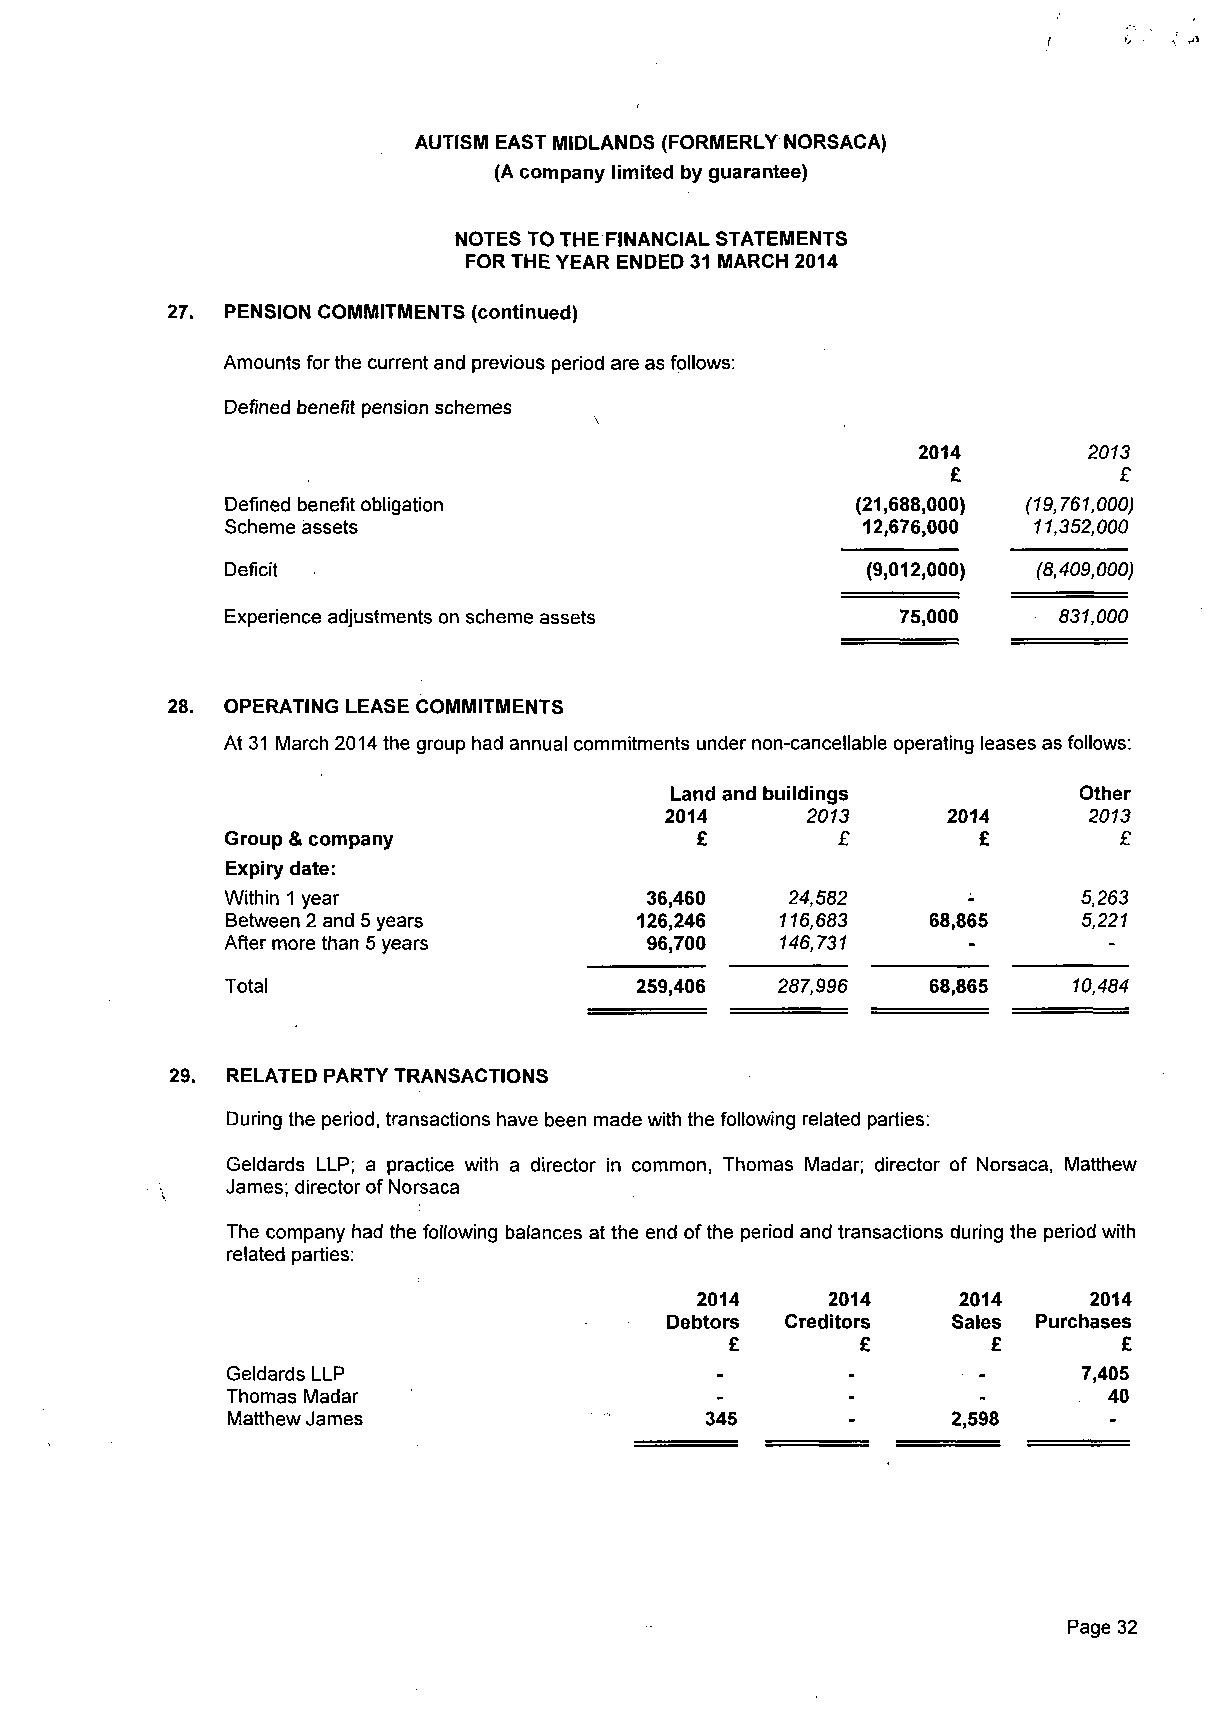
AUTISM EAST MIDLANDS (FORMERLY NORSACA)
 (A company limited by guarantee)
 NOTES TO THE FINANCIAL STATEMENTS
 FOR THE YEAR ENDED 31 MARCH 2014
 27. PENSION COMMITMENTS (continued)
 Amounts for the current and previous period are as follows:
 Defined benefit pension schemes
 2014       2013
 £          £
 Defined benefit obligation                (21,688,000) (19,761,000)
 Scheme assets                             12,676,000 11,352,000
 Deficit                                   (9,012,000) (8,409,000)
 Experience adjustments on scheme assets      75,000    831,000
 28. OPERATING LEASE COMMITMENTS
 At 31 March 2014 the group had annual commitments under non-cancellable operating leases as follows:
 Land and buildings         Other
 2014     2013      2014     2013
 Group & company                £        £         £        £
 Expiry date:
 Within 1 year               36,460   24,582      -       5,263
 Between 2 and 5 years      126,246   116,683   68,865    5,221
 After more than 5 years     96,700   146,731
 Total                      259,406  287,996    68,865   10,484
 29. RELATED PARTY TRANSACTIONS
 During the period, transactions have been made with the following related parties:
 Geldards LLP; a practice with a director in common, Thomas Madar; director of Norsaca, Matthew
 .   James; director of Norsaca
 The company had the following balances at the end of the period and transactions during the period with
 related parties:
 2014     2014    2014     2014
 Debtors Creditors  Sales Purchases
 £        £        £       £
 Geldards LLP                    -        -        -     7,405
 Thomas Madar                                              40
 Matthew James                   345      -      2,598
 Page 32